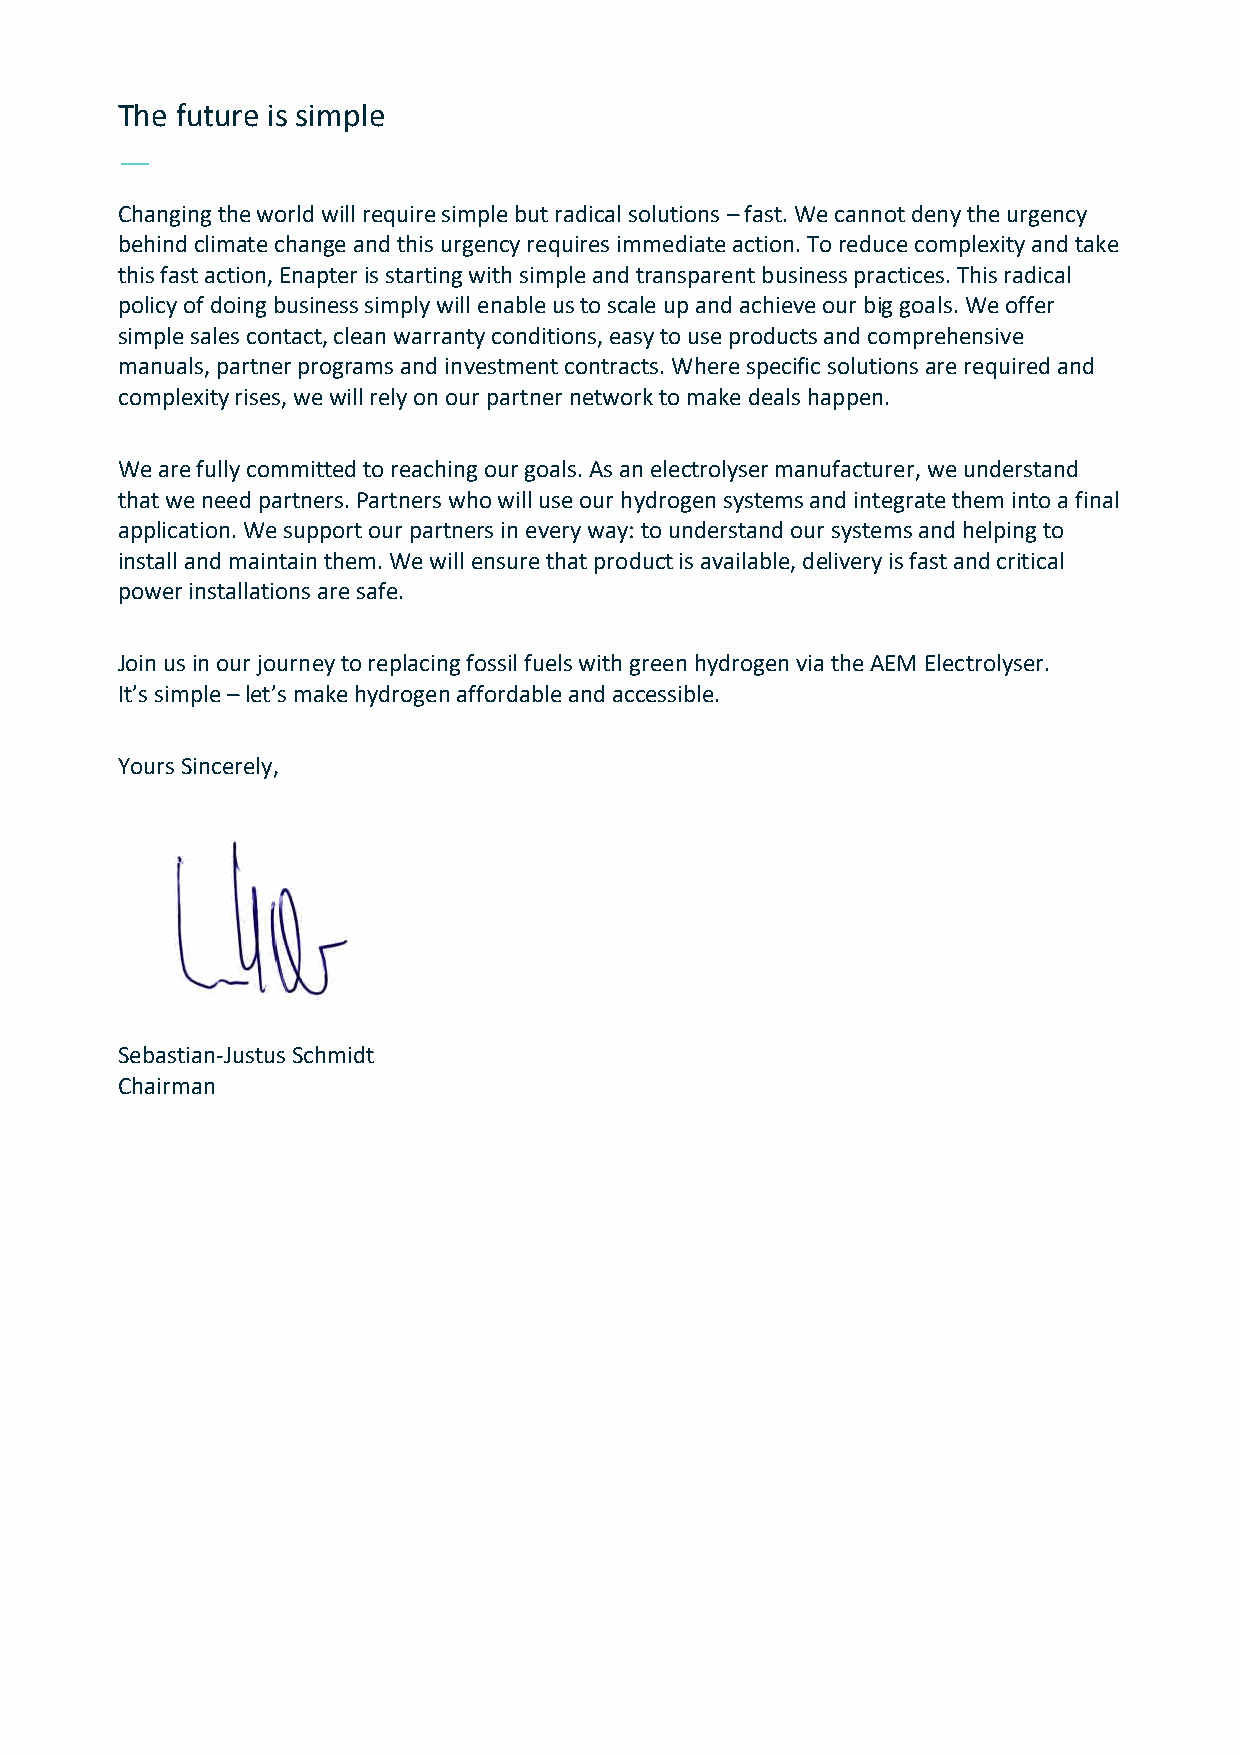
The future is simple
 —
 Changing the world will require simple but radical solutions – fast. We cannot deny the urgency
 behind climate change and this urgency requires immediate action. To reduce complexity and take
 this fast action, Enapter is starting with simple and transparent business practices. This radical
 policy of doing business simply will enable us to scale up and achieve our big goals. We offer
 simple sales contact, clean warranty conditions, easy to use products and comprehensive
 manuals, partner programs and investment contracts. Where specific solutions are required and
 complexity rises, we will rely on our partner network to make deals happen.
 We are fully committed to reaching our goals. As an electrolyser manufacturer, we understand
 that we need partners. Partners who will use our hydrogen systems and integrate them into a final
 application. We support our partners in every way: to understand our systems and helping to
 install and maintain them. We will ensure that product is available, delivery is fast and critical
 power installations are safe.
 Join us in our journey to replacing fossil fuels with green hydrogen via the AEM Electrolyser.
 It’s simple – let’s make hydrogen affordable and accessible.
 Yours Sincerely,
 Sebastian-Justus Schmidt
 Chairman